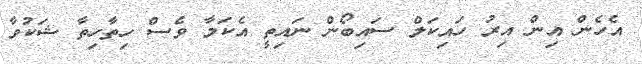
އެހެން އިން އިރު ހައިކަލް ސައިބޯން ނައިތީ އެކަމާ ވެސް ހިތާހިތާ ޝަކުވާ